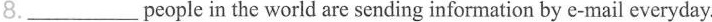
8.___people in the world are sending information by e-mail everyday.